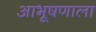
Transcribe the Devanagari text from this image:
आभूषणाला